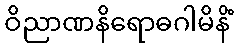
ဝိညာဏနိရောဓဂါမိနိံ